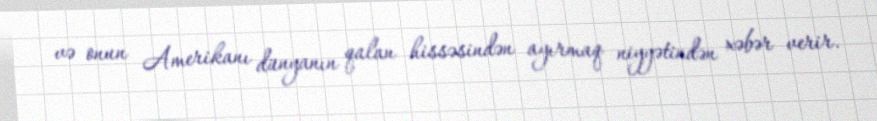
və onun Amerikanı dünyanın qalan hissəsindən ayırmaq niyyətindən xəbər verir.